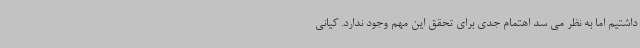
داشتیم اما به نظر می سد اهتمام جدی برای تحقق این مهم وجود ندارد. کیانی